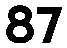
87